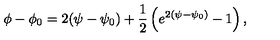
\phi - \phi _ { 0 } = 2 ( \psi - \psi _ { 0 } ) + \frac { 1 } { 2 } \left( e ^ { 2 ( \psi - \psi _ { 0 } ) } - 1 \right) ,